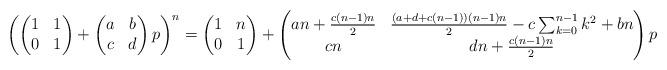
LaTeX: \begin{align*}\left( \begin{pmatrix} 1 & 1 \\ 0 & 1 \end{pmatrix} + \begin{pmatrix} a & b \\ c & d \end{pmatrix} p \right)^n &= \begin{pmatrix} 1 & n \\ 0 & 1 \end{pmatrix} + \begin{pmatrix} an + \frac{c(n-1)n}{2} & \frac{(a+d+c(n-1))(n-1)n}{2} - c \sum_{k=0}^{n-1} k^2 + bn \\ cn & dn + \frac{c(n-1)n}{2} \end{pmatrix} p\end{align*}